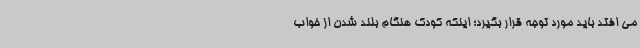
می افتد باید مورد توجه قرار بگیرد؛ اینکه کودک هنگام بلند شدن از خواب